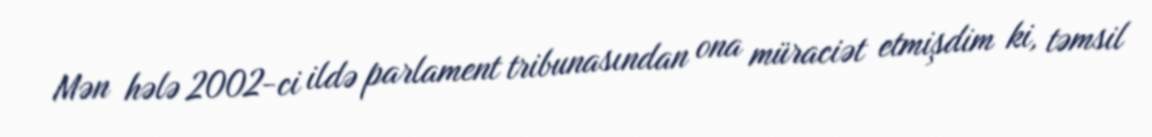
Mən hələ 2002-ci ildə parlament tribunasından ona müraciət etmişdim ki, təmsil